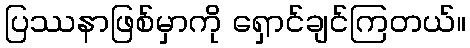
ပြဿနာဖြစ်မှာကို ရှောင်ချင်ကြတယ်။